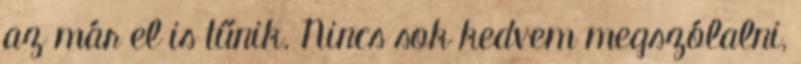
az már el is tűnik. Nincs sok kedvem megszólalni,